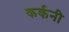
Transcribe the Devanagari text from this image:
कर्कनी